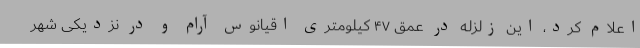
اعلام کرد، این زلزله در عمق ۴۷ کیلومتری اقیانوس آرام و در نزدیکی شهر